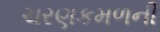
ચરણકમળની